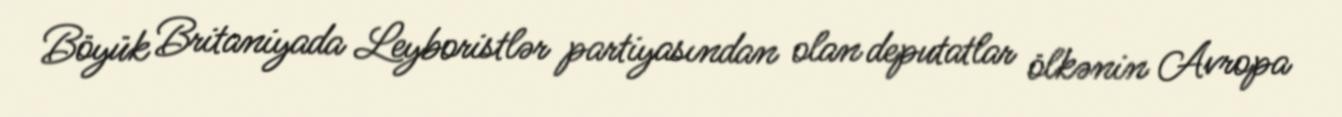
Böyük Britaniyada Leyboristlər partiyasından olan deputatlar ölkənin Avropa